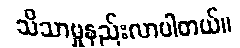
သိသာမှုနည်းလာပါတယ်။